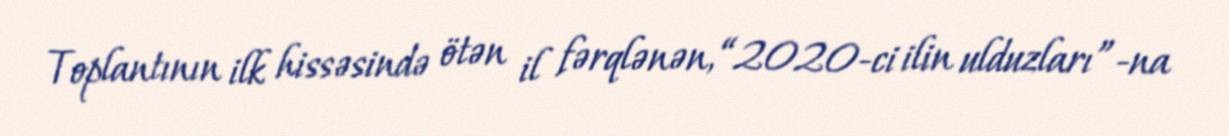
Toplantının ilk hissəsində ötən il fərqlənən, “2020-ci ilin ulduzları”-na